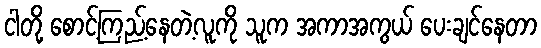
ငါတို့ စောင့်ကြည့်နေတဲ့လူကို သူက အကာအကွယ် ပေးချင်နေတာ